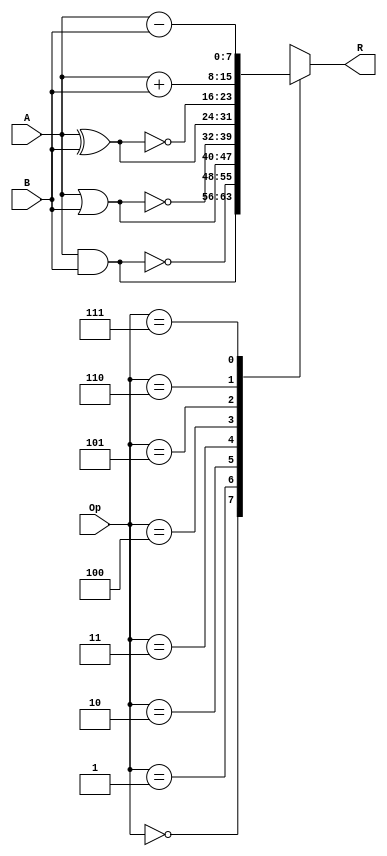
`timescale 1ns / 1ps
//////////////////////////////////////////////////////////////////////////////////
// Company: 
// Engineer: 
// 
// Design Name: 
// Module Name: day1
// Project Name: 
// Target Devices: 
// Tool Versions: 
// Description: 
// 
// Dependencies: 
// 
// Revision:
// Revision 0.01 - File Created
// Additional Comments:
// 
//////////////////////////////////////////////////////////////////////////////////


module ALU(A,B,Op,R); 
    input [7:0] A,B;
    input [2:0] Op;
    output [7:0] R;
    wire [7:0] Reg1,Reg2;
    reg [7:0] Reg3;
    assign Reg1 = A;
    assign Reg2 = B;
    assign R = Reg3;
    always @(Op or Reg1 or Reg2)
    begin
        case (Op)
            0 : Reg3 = Reg1 & Reg2;  
         1 : Reg3 = ~(Reg1 & Reg2); 
         2 : Reg3 = Reg1 | Reg2 ;  
         3 : Reg3 = ~(Reg1 | Reg2); 
         4 : Reg3 = Reg1 ^ Reg2;                
         5 : Reg3 = ~(Reg1 ^ Reg2);  
         6 : Reg3 = Reg1 + Reg2;     
         7 : Reg3 = Reg1 - Reg2;   
        endcase 
    end    
endmodule